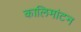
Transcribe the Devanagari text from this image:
कालिमांटन